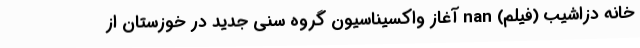
خانه دزاشیب (فیلم) nan آغاز واکسیناسیون گروه سنی جدید در خوزستان از